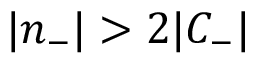
| n _ { - } | > 2 | C _ { - } |